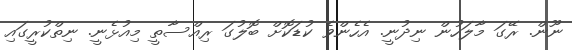
ނޫން. ރޭގަ މާލަހުން ނިދުނީ. އެހެންވެ ކުޑަކޮށް ބޮލުގަ ރިއްސާތީ މިއުޅެނީ. ނިތްކުރީގައި